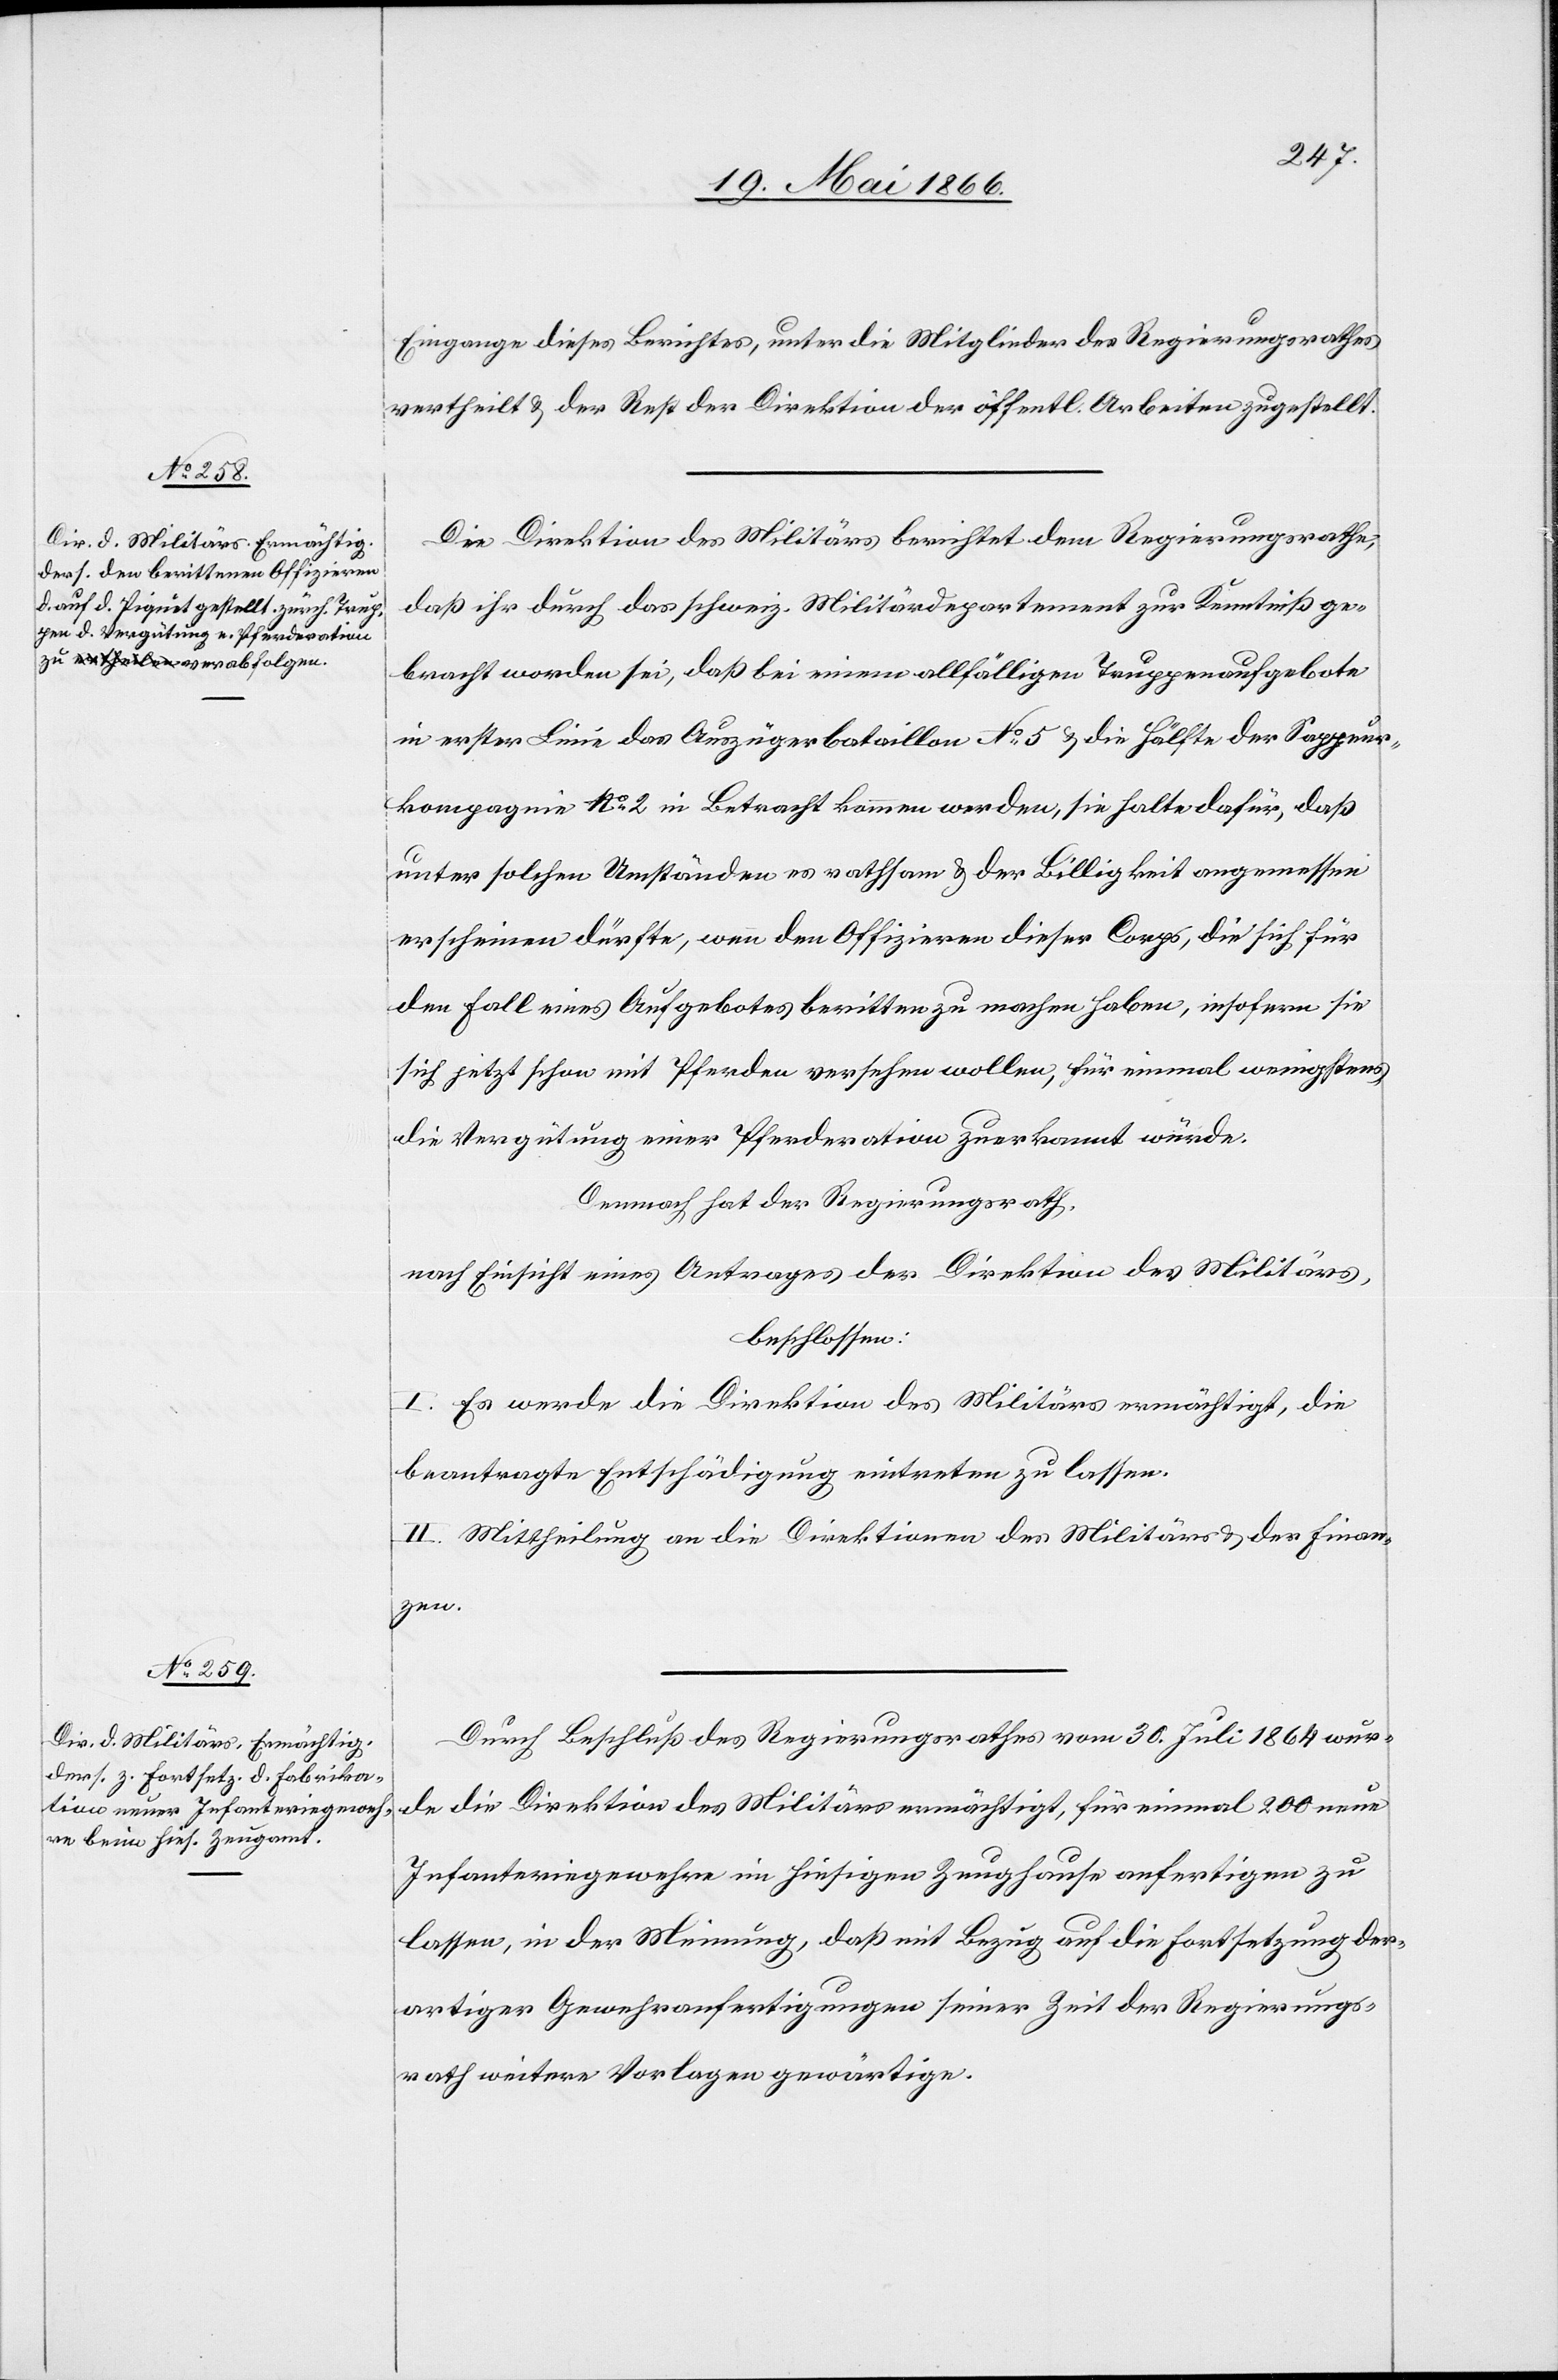
Eingange dieses Berichtes, unter die Mitglieder der Regierungsrathes
vertheilt u. der Rest der Direktion der öffentl. Arbeiten zugestellt.
Die Direktion des Militärs berichtet dem Regierungsrathe,
daß ihr durch das schweiz. Militärdepartement zur Kenntniß ge¬
bracht worden sei, daß bei einem allfälligen Truppenaufgebote
in erster Linie das Auszügerbataillon No. 5 u. die Hälfte der Sappeur¬
kompagnie No. 2 in Betracht kommen werden, sie halte dafür, daß
unter solchen Umständen es rathsam u. der Billigkeit angemessen
erscheinen dürfte, wenn den Offizieren dieser Corps, die sich für
den Fall eines Aufgebotes beritten zu machen haben, insofern sie
sich jetzt schon mit Pferden versehen wollen, für einmal wenigstens
die Vergütung einer Pferderation zuerkannt würde.
Demnach hat der Regierungsrath,
nach Einsicht eines Antrages der Direktion des Militärs,
beschlossen:
I. Es werde die Direktion des Militärs ermächtigt, die
beantragte Entschädigung eintreten zu lassen.
II. Mittheilung an die Direktionen des Militärs u. der Finan¬
zen.
Durch Beschluß des Regierungsrathes vom 30. Juli 1864 wur¬
de die Direktion des Militärs ermächtigt, für einmal 200 neue
Infanteriegewehre im hiesigen Zeughause anfertigen zu
lassen, in der Meinung, daß mit Bezug auf die Fortsetzung der¬
artiger Gewehranfertigungen seiner Zeit der Regierungs¬
rath weitere Vorlage gewärtige.